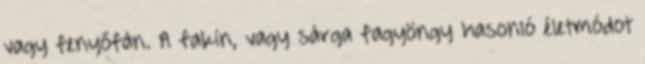
vagy fenyőfán. A fakín, vagy sárga fagyöngy hasonló életmódot